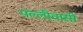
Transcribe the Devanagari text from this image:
पल्लीवासी